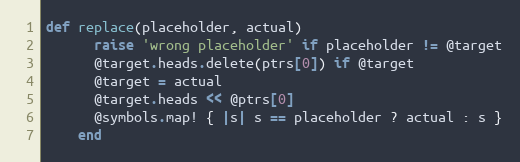
Language: Ruby
def replace(placeholder, actual)
      raise 'wrong placeholder' if placeholder != @target
      @target.heads.delete(ptrs[0]) if @target
      @target = actual
      @target.heads << @ptrs[0]
      @symbols.map! { |s| s == placeholder ? actual : s }
    end